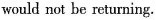
would not be returning.